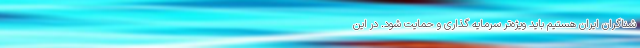
شناگران ایران هستیم باید ویژه‌تر سرمایه گذاری و حمایت شود. در این